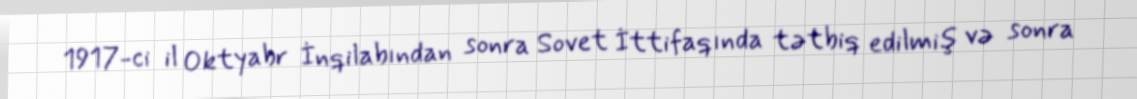
1917-ci il Oktyabr İnqilabından sonra Sovet İttifaqında tətbiq edilmiş və sonra